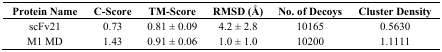
| Protein Name | C-Score | TM-Score | RMSD (Å) | No. of Decoys | Cluster Density |
 | --- | --- | --- | --- | --- | --- |
 | scFv21 | 0.73 | 0.81 ± 0.09 | 4.2 ± 2.8 | 10165 | 0.5630 |
 | M1 MD | 1.43 | 0.91 ± 0.06 | 1.0 ± 1.0 | 10200 | 1.1111 |